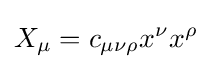
X_{\mu }=c_{\mu \nu \rho }x^{\nu }x^{\rho }